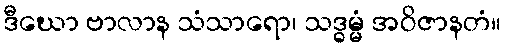
ဒီဃော ဗာလာန သံသာရော၊ သဒ္ဓမ္မံ အဝိဇာနတံ။